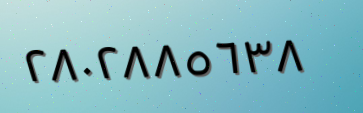
٢٨٠٢٨٨٥٦٣٨